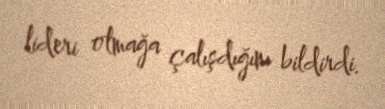
lideri olmağa çalışdığını bildirdi.